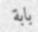
بابة